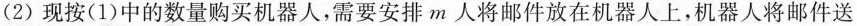
(2)现按(1)中的数量购买机器人，需要安排m人将邮件放在机器人上，机器人将邮件送